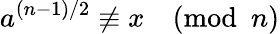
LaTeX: a^{(n-1)/2}\not\equiv x{\pmod{n}}